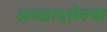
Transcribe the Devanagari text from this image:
अच्छादलेल्या